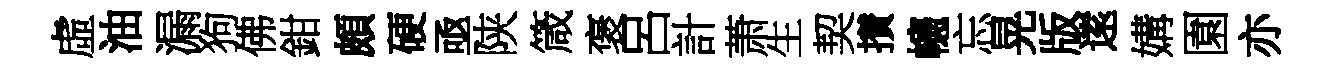
虛油漏狗佛鉗頗硬亟陕箴褒呂計萧生契攅幰忘晃版逺媾園亦